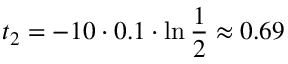
t _ { 2 } = - 1 0 \cdot 0 . 1 \cdot \ln { \frac { 1 } { 2 } } \approx 0 . 6 9